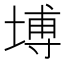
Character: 㙛